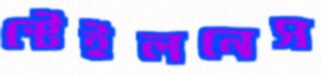
স্টেইলনেস